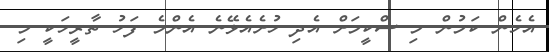
އެހެން ކަމުން މި ސްކީމަށް އެދި ހުށެއެޅޭނެ އެންމެ ފަހު ތާރީހަކީ މި